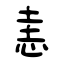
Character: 恚